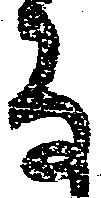
な